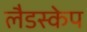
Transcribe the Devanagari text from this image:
लैडस्केप